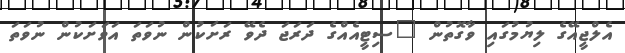
އެލްޖީއޭގެ ލިޔުމުގައި ވާގޮތުން "ސިޓީއެއްގެ ދަރަޖަ ދެވޭ ރަށަކުން ނުވަތަ އަވަށަކުން ނުވަތަ